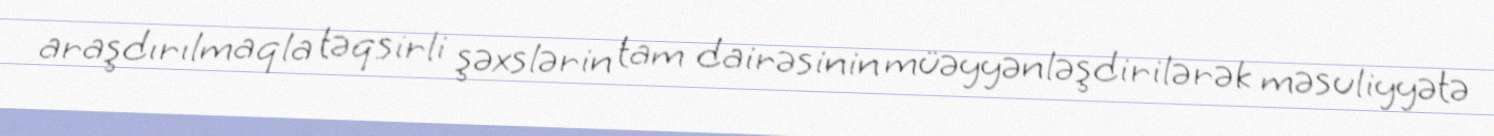
araşdırılmaqla təqsirli şəxslərin tam dairəsinin müəyyənləşdirilərək məsuliyyətə